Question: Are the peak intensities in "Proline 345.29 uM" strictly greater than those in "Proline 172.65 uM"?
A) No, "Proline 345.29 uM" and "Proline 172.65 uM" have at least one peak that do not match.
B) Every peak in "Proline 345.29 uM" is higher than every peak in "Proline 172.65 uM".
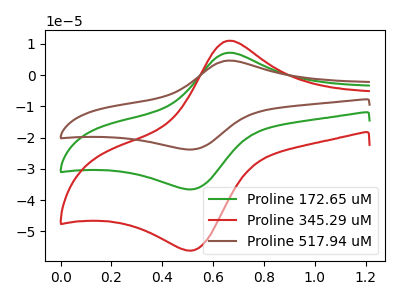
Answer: <think>The green curve "Proline 172.65 uM" has an anodic peak at (0.65V, 7.20uA) and a cathodic peak at (0.50V, -36.50uA). The red curve "Proline 345.29 uM" has an anodic peak at (0.65V, 11.05uA) and a cathodic peak at (0.50V, -56.10uA). The brown curve "Proline 517.94 uM" has an anodic peak at (0.65V, 14.40uA) and a cathodic peak at (0.50V, -73.05uA).</think>
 <answer>B) Every peak in "Proline 345.29 uM" is higher than every peak in "Proline 172.65 uM".</answer>
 <eval>B</eval>